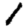
Digit: 1